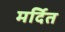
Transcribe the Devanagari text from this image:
मर्दित